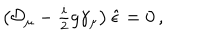
\left( { \cal D } _ { \mu } - { \textstyle \frac { i } { 2 } } g \gamma _ { \mu } \right) \hat { \epsilon } = 0 \, ,